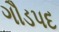
ગૌડપદ